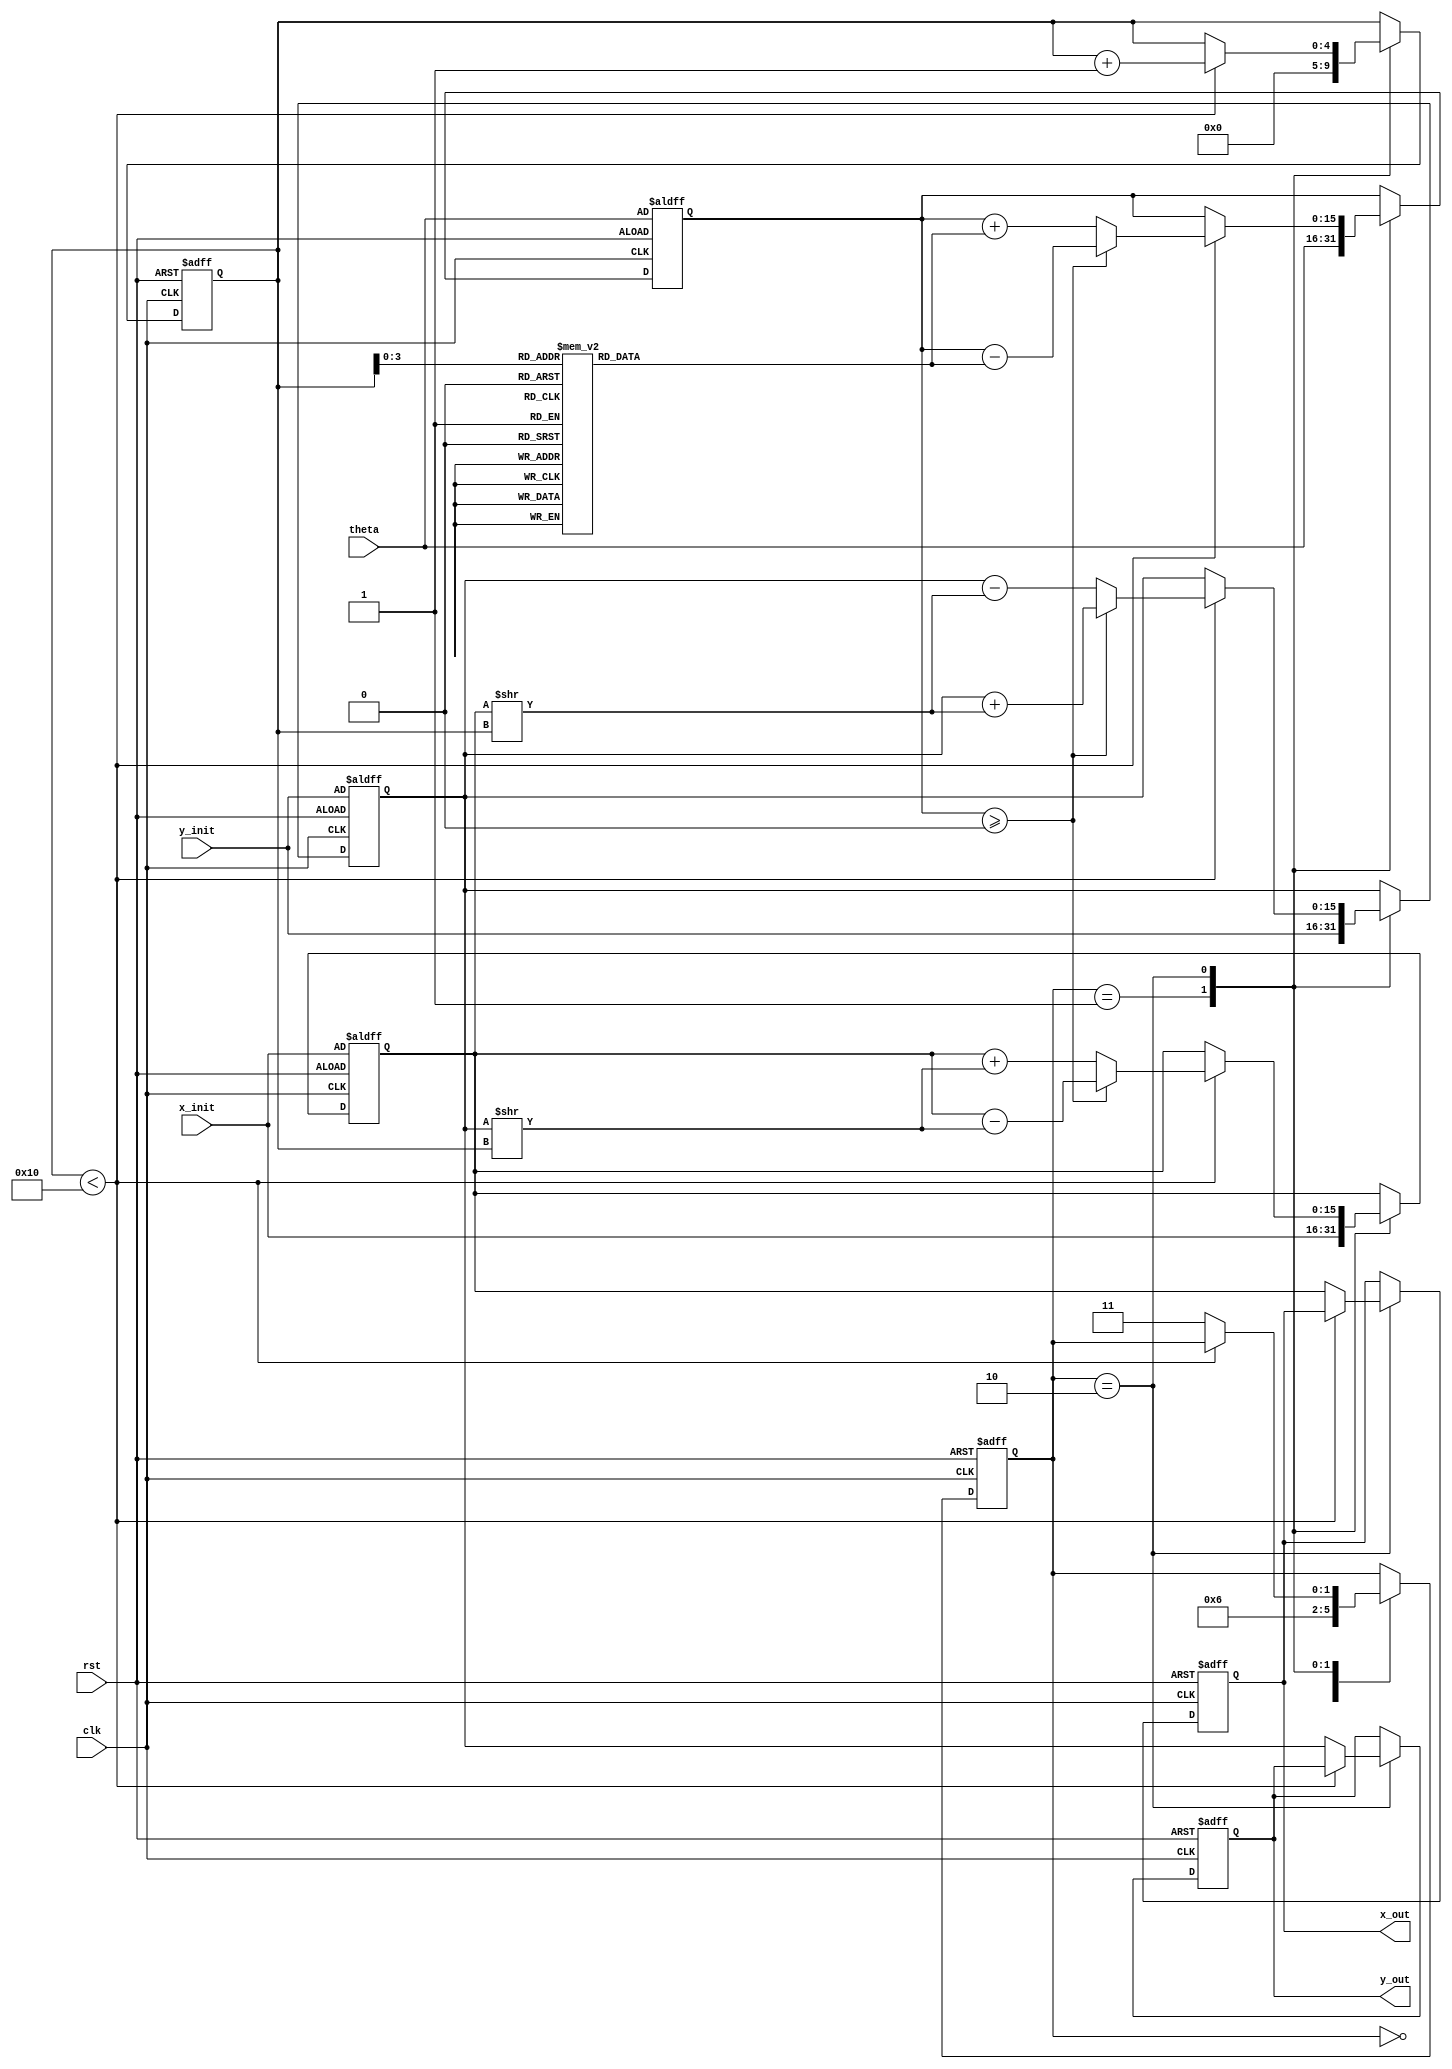
module modified_cordic #(
    parameter DATA_WIDTH = 16,  // Data width for coordinates
    parameter ITERATIONS = 16    // Number of iterations
)(
    input wire clk,
    input wire rst,
    input wire [DATA_WIDTH-1:0] theta,  // Input angle in radians (fixed-point)
    input wire [DATA_WIDTH-1:0] x_init,  // Initial X coordinate
    input wire [DATA_WIDTH-1:0] y_init,  // Initial Y coordinate
    output reg [DATA_WIDTH-1:0] x_out,    // Output X coordinate
    output reg [DATA_WIDTH-1:0] y_out     // Output Y coordinate
);

    // Internal registers
    reg [DATA_WIDTH-1:0] x_reg;
    reg [DATA_WIDTH-1:0] y_reg;
    reg signed [DATA_WIDTH-1:0] z_reg;   // Angle register
    reg [4:0] iter_count;                 // Iteration counting
    reg [1:0] state;                      // FSM state
    reg signed [DATA_WIDTH-1:0] atan_table [0:ITERATIONS-1];

    // State definitions
    localparam IDLE        = 2'b00;
    localparam INITIALIZE  = 2'b01;
    localparam ITERATE     = 2'b10;
    localparam DONE        = 2'b11;
    
    // Atan table initialization (example values)
    initial begin
        // Populate the atan_table with precomputed atan values multiplied by K (scaling factor)
        atan_table[0] = 16'h3C90; // atan(1/2^0)
        atan_table[1] = 16'h3C40; // atan(1/2^1)
        // Continue filling with appropriate atan values...
    end

    // Finite State Machine for controlling the CORDIC process
    always @(posedge clk or posedge rst) begin
        if (rst) begin
            x_reg <= x_init;
            y_reg <= y_init;
            z_reg <= theta;
            iter_count <= 0;
            state <= INITIALIZE;
            x_out <= 0;
            y_out <= 0;
        end else begin
            case (state)
                IDLE: begin
                    state <= INITIALIZE;
                end

                INITIALIZE: begin
                    x_reg <= x_init;
                    y_reg <= y_init;
                    z_reg <= theta;
                    iter_count <= 0;
                    state <= ITERATE;
                end

                ITERATE: begin
                    if (iter_count < ITERATIONS) begin
                        // Perform CORDIC rotation
                        if (z_reg >= 0) begin
                            // Rotate clockwise
                            x_reg <= x_reg - (y_reg >> iter_count);
                            y_reg <= y_reg + (x_reg >> iter_count);
                            z_reg <= z_reg - atan_table[iter_count];
                        end else begin
                            // Rotate counter-clockwise
                            x_reg <= x_reg + (y_reg >> iter_count);
                            y_reg <= y_reg - (x_reg >> iter_count);
                            z_reg <= z_reg + atan_table[iter_count];
                        end
                        iter_count <= iter_count + 1;
                    end else begin
                        // Final scaling
                        x_out <= x_reg; // Scale if necessary
                        y_out <= y_reg; // Scale if necessary
                        state <= DONE;
                    end
                end

                DONE: begin
                    // Output is stable
                    // Add any logic for completion
                end

                default: state <= IDLE; // Safety
            endcase
        end
    end

endmodule